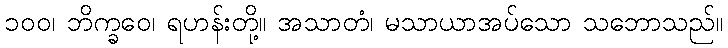
၁၀၀၊ ဘိက္ခဝေ၊ ရဟန်းတို့။ အသာတံ၊ မသာယာအပ်သော သဘောသည်။